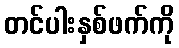
တင်ပါးနှစ်ဖက်ကို